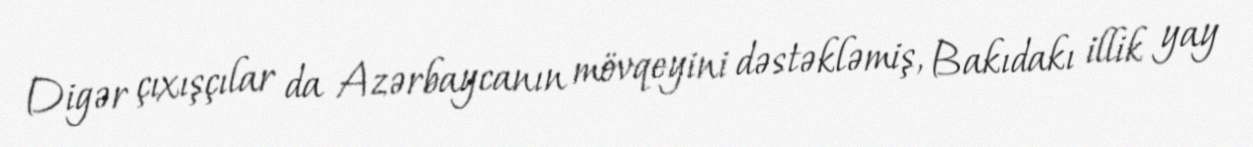
Digər çıxışçılar da Azərbaycanın mövqeyini dəstəkləmiş, Bakıdakı illik yay